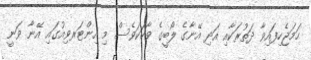
ހަމަޖެހިފައިވާ ދަތުރަކާއި އަދި އޭނާގެ ލޯބީގެ ވާހަކަވެސް މި އިންޓަރވިއުގައި އޭނާ ވަނީ